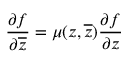
\frac { \partial f } { \partial \overline { { z } } } = \mu ( z , \overline { { z } } ) \frac { \partial f } { \partial z }